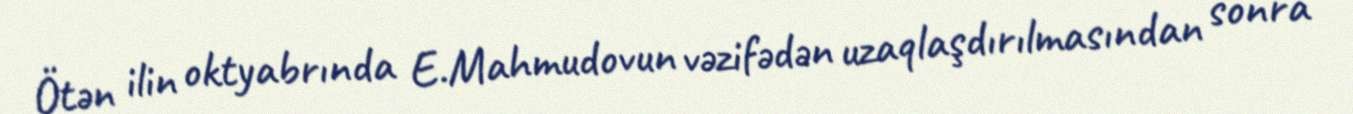
Ötən ilin oktyabrında E.Mahmudovun vəzifədən uzaqlaşdırılmasından sonra